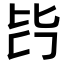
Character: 𣬃